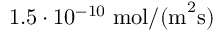
1 . 5 \cdot 1 0 ^ { - 1 0 } \; \mathrm { m o l } / \mathrm { ( m } ^ { 2 } \mathrm { s ) }